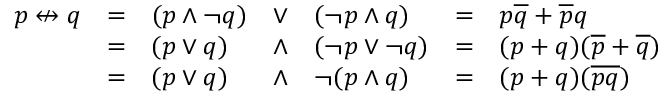
{ \begin{array} { l l l l l l l } { p \nleftrightarrow q } & { = } & { ( p \land \lnot q ) } & { \lor } & { ( \lnot p \land q ) } & { = } & { p { \overline { { q } } } + { \overline { { p } } } q } \\ & { = } & { ( p \lor q ) } & { \land } & { ( \lnot p \lor \lnot q ) } & { = } & { ( p + q ) ( { \overline { { p } } } + { \overline { { q } } } ) } \\ & { = } & { ( p \lor q ) } & { \land } & { \lnot ( p \land q ) } & { = } & { ( p + q ) ( { \overline { { p q } } } ) } \end{array} }